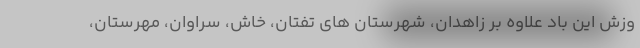
وزش این باد علاوه بر زاهدان، شهرستان های تفتان، خاش، سراوان، مهرستان،